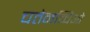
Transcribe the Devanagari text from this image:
चतेनच्चिओ